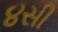
૪સી